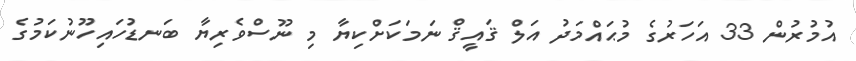
އުމުރުން 33 އަހަރުގެ މުޙައްމަދު އަލް ޤައީޤް ނަމަކަށްކިޔާ މި ނޫސްވެރިޔާ ބަނޑުހައިހޫނުކަމުގެ